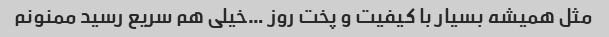
مثل همیشه بسیار با کیفیت و پخت روز …خیلی هم سریع رسید ممنونم